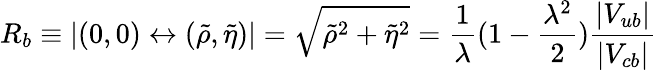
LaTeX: R_{b}\equiv|(0,0)\leftrightarrow(\tilde{\rho},\tilde{\eta})|=\sqrt{\tilde{\rho}^{2}+\tilde{\eta}^{2}}=\frac{1}{\lambda}(1-\frac{\lambda^{2}}{2})\frac{|V_{ub}|}{|V_{cb}|}